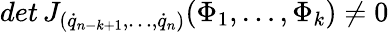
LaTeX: det\, J_{({\dot{q}}_{n-k+1},\dots,{\dot{q}}_{n})}(\Phi_{1},\dots,\Phi_{k})\not=0